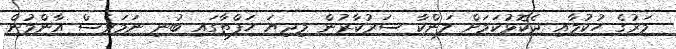
މަރުގެ ހުކުމާއި ދެކޮޅުކަމަށް ލަންކާ ސަރުކާރުން މިދިޔަ ހަފްތާގައި ބުނި ނަމަވެސް އާންމުން